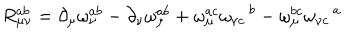
R _ { \mu \nu } ^ { a b } = \partial _ { \mu } \omega _ { \nu } ^ { a b } - \partial _ { \nu } \omega _ { \mu } ^ { a b } + \omega _ { \mu } ^ { a c } \omega _ { \nu c } \, ^ { b } - \omega _ { \mu } ^ { b c } \omega _ { \nu c } \, ^ { a }